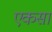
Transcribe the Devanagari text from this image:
एकसां